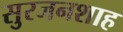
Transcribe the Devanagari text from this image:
सुरजनशाह